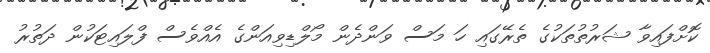
ކޮށްފައިވާ ޝަރުތުތަކުގެ ތެރޭގައި ހަ މަސް ވަންދެން މޯލްޑިވިއަންގެ އެއްވެސް ފްލައިޓަކުން ދަތުރު